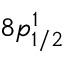
8 p _ { 1 / 2 } ^ { 1 }